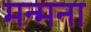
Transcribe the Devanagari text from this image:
मन्मना